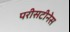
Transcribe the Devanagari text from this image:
परीसटीनेस